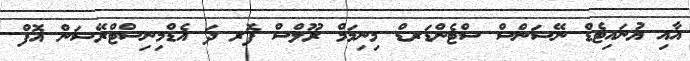
އާއި ޔުނައިޓެޑް ނޭޝަންސް ސްޓެންޑަރޑް މިނިމަމް ރޫލްސް ފޮރ ދަ އެޑްމިނިސްޓްރޭޝަން އޮފް